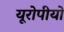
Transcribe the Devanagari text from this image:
यूरोपीयो